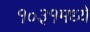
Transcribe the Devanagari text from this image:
१०३१मध्ये